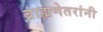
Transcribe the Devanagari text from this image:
ब्राह्मणेतरांनी